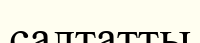
салтатты